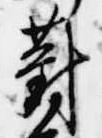
對